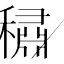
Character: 𰨻